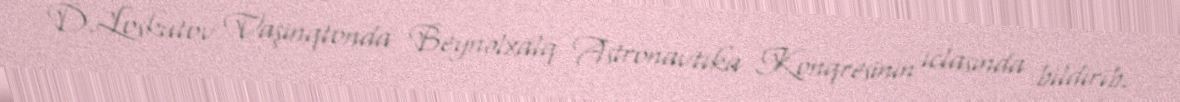
D.Loskutov Vaşinqtonda Beynəlxalq Astronavtika Konqresinin iclasında bildirib.